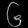
Digit: ၆